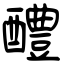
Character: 醴